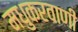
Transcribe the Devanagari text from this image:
मधुकरवाणी